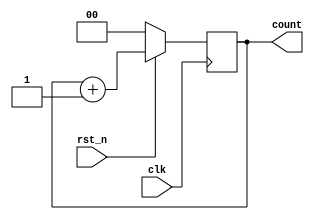
module Counter (
    input wire clk,          // Clock signal
    input wire rst_n,       // Active low synchronous reset
    output reg [1:0] count   // 2-bit counter output
);

// Sequential logic triggered on the rising edge of the clock
always @(posedge clk) begin
    if (~rst_n) begin
        // Synchronous reset: reset the counter to 0
        count <= 2'b00;
    end else begin
        // State transition: increment the counter
        count <= count + 1;
    end
end

endmodule